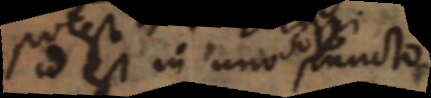
id est in uno puncto